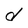
Character: d